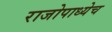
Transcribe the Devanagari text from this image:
राजोपाध्येच